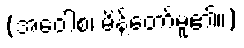
(အဝေါစ၊ မိန့်တော်မူ၏။)